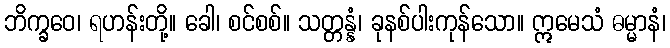
ဘိက္ခဝေ၊ ရဟန်းတို့။ ခေါ၊ စင်စစ်။ သတ္တန္နံ၊ ခုနစ်ပါးကုန်သော။ ဣမေသံ ဓမ္မာနံ၊